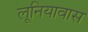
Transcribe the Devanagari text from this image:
लूनियावास